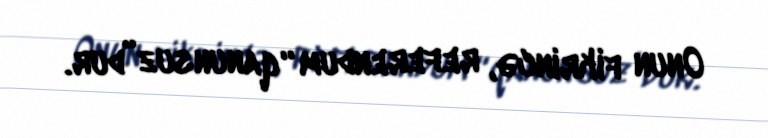
Onun fikrincə, referendum “qanunsuz”dur.